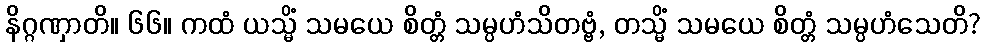
နိဂ္ဂဏှာတိ။ ၆၆။ ကထံ ယသ္မိံ သမယေ စိတ္တံ သမ္ပဟံသိတဗ္ဗံ, တသ္မိံ သမယေ စိတ္တံ သမ္ပဟံသေတိ?